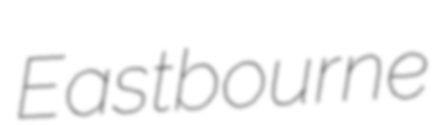
Eastbourne